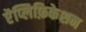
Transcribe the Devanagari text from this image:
ऐंप्लिफ़िकेशन